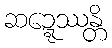
ဆဍ္ဍေဿန္တိ